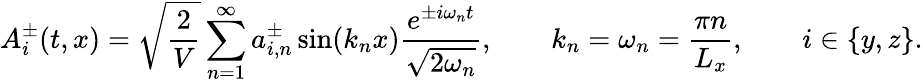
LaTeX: A_{i}^{\pm}(t,x)=\sqrt{\frac{2}{V}}\sum_{n=1}^{\infty}a_{i,n}^{\pm}\sin(k_{n}x)\frac{e^{\pm i\omega_{n}t}}{\sqrt{2\omega_{n}}},\qquad k_{n}=\omega_{n}=\frac{\pi n}{L_{x}},\qquad i\in\{ y,z\} .